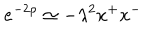
e ^ { - 2 \rho } \simeq - \lambda ^ { 2 } x ^ { + } x ^ { - }